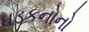
ધડકનોનો